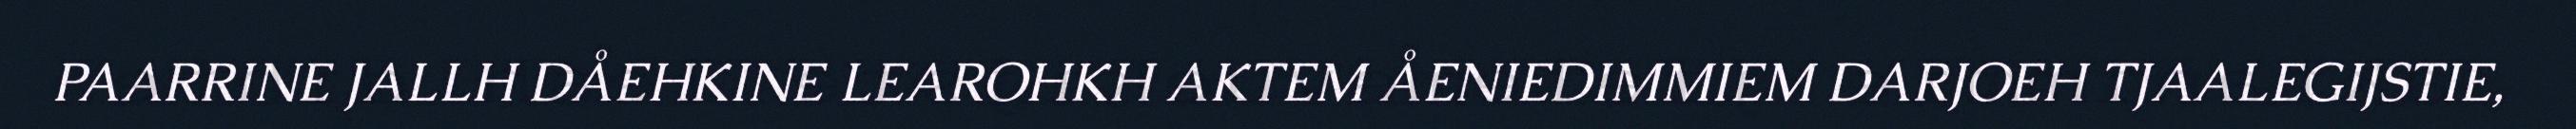
PAARRINE JALLH DÅEHKINE LEAROHKH AKTEM ÅENIEDIMMIEM DARJOEH TJAALEGIJSTIE,